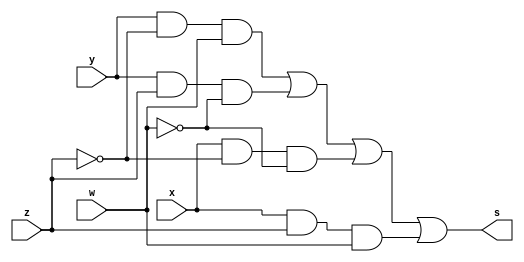
//
// Exemplo0033 - F4 
// Nome: Pedro Henrique Hardeman Guedes
//
//
//
// f4_gate 
//
module f4 (output s, input x, input y, input z, input w);  
	
	assign s = (y & ~z & w) | (y & z & ~w) | (x & ~z & ~w) | (x & z & w);
	
endmodule // f4 
	
module test_f4; 
	// definir dados 
	
	reg x; 
	reg y;
	reg z;
	reg w;
	
	wire s; 
	
	f4 modulo1 (s, x, y, z, w); 
	

	// parte principal
	initial begin 
		$display("Pedro Henrique Hardeman Guedes - 397260"); 
		$display("Test LU's module"); 
		
	x = 1; y = 0; z = 0; w = 0;
	
	
	// projetar testes do modulo 
	$display("S1 S2 C SE S");
	$monitor("%b  %b  %b  %b  %b",x, y, z, w, s);
	#1 x = 0; y = 1; z = 1; w = 0;
	#1 x = 1; y = 0; z = 0; w = 1;
	#1 x = 0; y = 1; z = 1; w = 1;
	
	end 
endmodule // test_f4